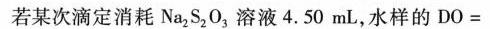
若某次滴定消耗Na_{2} S_{2} O_{3}溶液4.50mL，水样的DO=